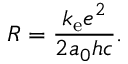
R = { \frac { k _ { \mathrm { e } } e ^ { 2 } } { 2 a _ { 0 } h c } } .